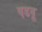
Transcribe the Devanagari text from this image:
पडवू